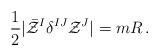
LaTeX: \begin{align*}{1\over 2} |\bar {\cal Z}^I \delta^{IJ} {\cal Z}^J| = m R\, .\end{align*}